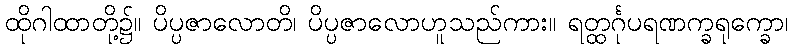
ထိုဂါထာတို့၌။ ပိပ္ပဇာလောတိ၊ ပိပ္ပဇာလောဟူသည်ကား။ ရတ္ထင်္ဂုပရဏက္ခရုက္ခော၊